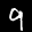
Label: 9